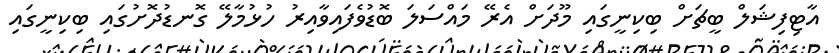
އާޓިފިޝަލް ބީޗަށް ބިކިނީގައި މޫދަށް އެރޭ މައްސަލަ ބޮޑުވެފައިވާއިރު ހުޅުމާލޭ ގޮނޑުދޮށުގައި ބިކިނީގައި